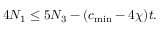
4 N _ { 1 } \leq 5 N _ { 3 } - ( c _ { \mathrm { m i n } } - 4 \chi ) t .